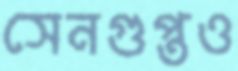
সেনগুপ্তও